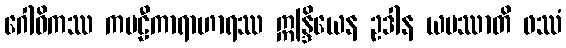
ဂေါဓိကဿ ကဗဠီကာရာဟာရဿ ဣန္ဒြိယေန ဥဒါန ယမဿာတိ ဖဿံ